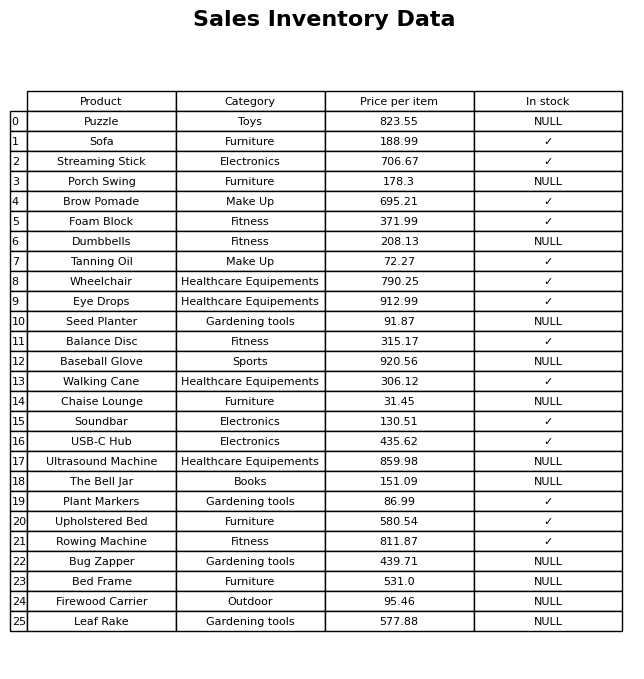
question: Is the Soundbar in stock?
answer: ✓